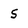
Character: S